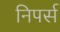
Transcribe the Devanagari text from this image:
निपर्स